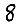
Digit: 8